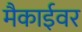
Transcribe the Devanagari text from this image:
मैकाईवर